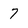
Character: 7